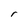
Character: r